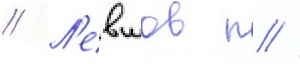
// Л'евшов п //